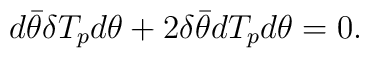
d\bar\theta\delta T_p d\theta + 2 \delta \bar\theta d T_p d\theta = 0.